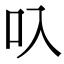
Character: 叺